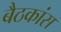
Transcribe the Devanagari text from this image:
बैठकांस